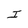
Character: I